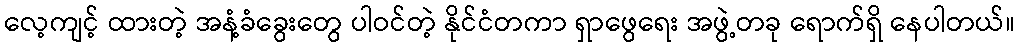
လေ့ကျင့် ထားတဲ့ အနံ့ခံခွေးတွေ ပါဝင်တဲ့ နိုင်ငံတကာ ရှာဖွေရေး အဖွဲ့တခု ရောက်ရှိ နေပါတယ်။